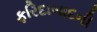
ફરિદાબાદની